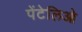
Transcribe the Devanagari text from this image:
पेंटेलिओ